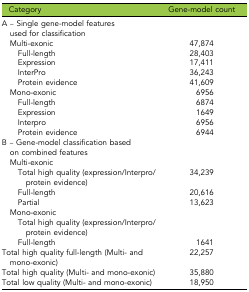
<table><thead><tr><td><b>Category</b></td><td><b>Gene-model count</b></td></tr></thead><tbody><tr><td>A – Single gene-model features used for classification</td><td></td></tr><tr><td> Multi-exonic</td><td>47,874</td></tr><tr><td>Full-length</td><td>28,403</td></tr><tr><td>Expression</td><td>17,411</td></tr><tr><td>InterPro</td><td>36,243</td></tr><tr><td>Protein evidence</td><td>41,609</td></tr><tr><td> Mono-exonic</td><td>6956</td></tr><tr><td>Full-length</td><td>6874</td></tr><tr><td>Expression</td><td>1649</td></tr><tr><td>Interpro</td><td>6956</td></tr><tr><td>Protein evidence</td><td>6944</td></tr><tr><td>B – Gene-model classification based on combined features</td><td></td></tr><tr><td> Multi-exonic</td><td></td></tr><tr><td>Total high quality (expression/Interpro/protein evidence)</td><td>34,239</td></tr><tr><td>Full-length</td><td>20,616</td></tr><tr><td>Partial</td><td>13,623</td></tr><tr><td> Mono-exonic</td><td></td></tr><tr><td>Total high quality (expression/Interpro/protein evidence)</td><td></td></tr><tr><td>Full-length</td><td>1641</td></tr><tr><td>Total high quality full-length (Multi- andmono-exonic)</td><td>22,257</td></tr><tr><td>Total high quality (Multi- and mono-exonic)</td><td>35,880</td></tr><tr><td>Total low quality (Multi- and mono-exonic)</td><td>18,950</td></tr></tbody></table>